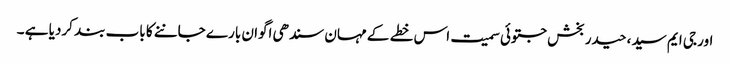
اور جی ایم سید ،حیدر بخش جتوئی سمیت اس خطے کے مہان سندھی اگوان بارے جاننے کا باب بند کردیا ہے ۔